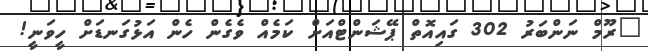
"ރޫމް ނަންބަރު 302 ގައިއޮތް ޕޭޝަންޓްއަށް ކަމެއް ވެގެން ހެން އަޅުގަނޑަށް ހީވަނީ!